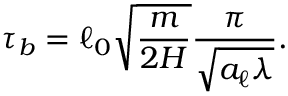
\tau _ { b } = \ell _ { 0 } \sqrt { \frac { m } { 2 H } } \frac { \pi } { \sqrt { a _ { \ell } \lambda } } .